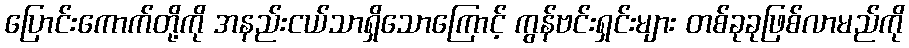
ပြောင်းကောက်တို့ကို အနည်းငယ်သာရှိသောကြောင့် ကွန်ဗင်းရှင်းများ တစ်ခုခုဖြစ်လာမည်ကို